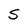
Character: S